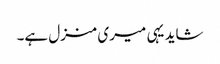
شاید یہی میری منزل ہے۔